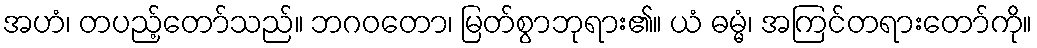
အဟံ၊ တပည့်တော်သည်။ ဘဂဝတော၊ မြတ်စွာဘုရား၏။ ယံ ဓမ္မံ၊ အကြင်တရားတော်ကို။